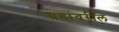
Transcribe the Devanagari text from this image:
ग्रहांवरील